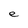
Character: e